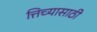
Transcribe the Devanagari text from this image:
त्तिच्यासाठी